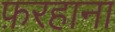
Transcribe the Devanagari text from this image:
फ़रहाना